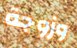
وزوجة